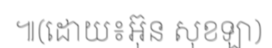
៕(ដោយ៖អ៊ុន សុខឡា)